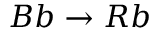
B b \rightarrow R b